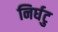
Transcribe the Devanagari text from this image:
निर्घटु